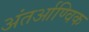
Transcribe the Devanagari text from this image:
अंतर्आण्विक